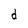
Character: d